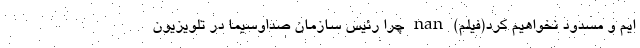
ایم و مسدود نخواهیم کرد(فیلم) nan چرا رئیس سازمان صداوسیما در تلویزیون